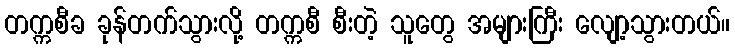
တက္ကစီခ ခုန်တက်သွားလို့ တက္ကစီ စီးတဲ့ သူတွေ အများကြီး လျော့သွားတယ်။